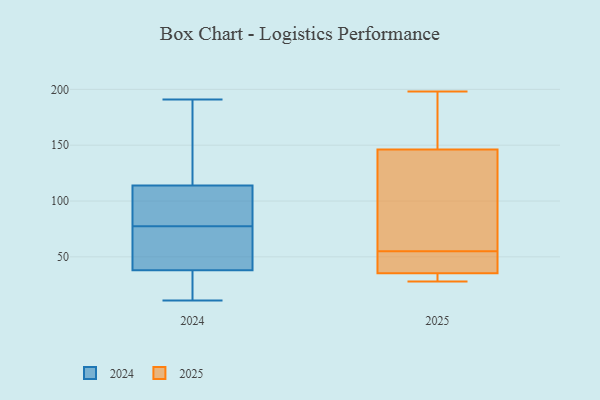
{"axis": {"x": "Gross Profit (USD K)", "y": "Value"}, "legend": ["2024", "2025"], "data": [{"x": "", "y": 135, "type": "2025"}, {"x": "", "y": 150, "type": "2025"}, {"x": "", "y": 31, "type": "2025"}, {"x": "", "y": 30, "type": "2025"}, {"x": "", "y": 85, "type": "2025"}, {"x": "", "y": 198, "type": "2025"}, {"x": "", "y": 49, "type": "2025"}, {"x": "", "y": 177, "type": "2025"}, {"x": "", "y": 48, "type": "2025"}, {"x": "", "y": 28, "type": "2025"}, {"x": "", "y": 55, "type": "2025"}, {"x": "", "y": 55, "type": "2024"}, {"x": "", "y": 96, "type": "2024"}, {"x": "", "y": 107, "type": "2024"}, {"x": "", "y": 30, "type": "2024"}, {"x": "", "y": 147, "type": "2024"}, {"x": "", "y": 59, "type": "2024"}, {"x": "", "y": 149, "type": "2024"}, {"x": "", "y": 82, "type": "2024"}, {"x": "", "y": 157, "type": "2024"}, {"x": "", "y": 71, "type": "2024"}, {"x": "", "y": 27, "type": "2024"}, {"x": "", "y": 11, "type": "2024"}, {"x": "", "y": 191, "type": "2024"}, {"x": "", "y": 73, "type": "2024"}, {"x": "", "y": 31, "type": "2024"}, {"x": "", "y": 91, "type": "2024"}, {"x": "", "y": 38, "type": "2024"}, {"x": "", "y": 114, "type": "2024"}]}